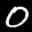
Label: 0